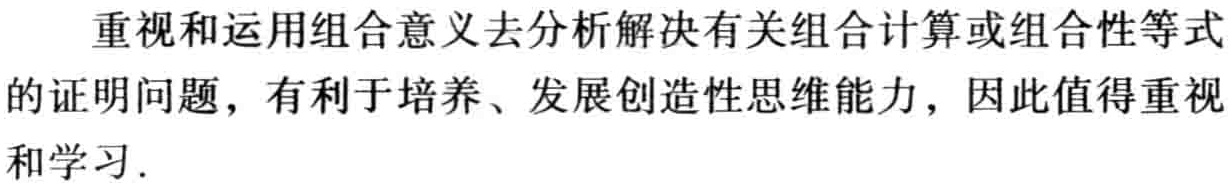
重视和运用组合意义去分析解决有关组合计算或组合性等式的证明问题，有利于培养、发展创造性思维能力，因此值得重视和学习.